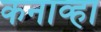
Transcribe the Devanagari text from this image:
कनाव्हा